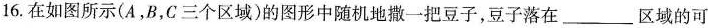
16.在如图所示(A，B，C三个区域)的图形中随机地撒一把豆子，豆子落在___区域的可